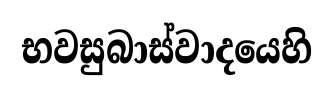
භවසුබාස්වාදයෙහි